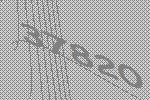
37820